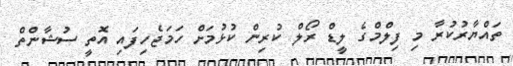
ތައްޔާރުކުރާ މި ފިލްމްގެ ލީޑް ރޯލް ކުރިން ކުޅުމަށް ހަމަޖެހިފައި އޮތީ ސުޝާންތް